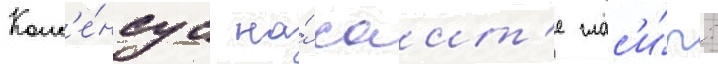
Конс'е́нсус на́ саит'е глас'и́т: